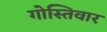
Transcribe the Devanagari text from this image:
गोस्तिवार